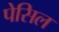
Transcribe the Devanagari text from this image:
पेसिल